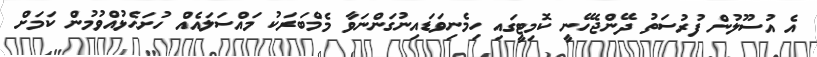
އެ އުސޫލުން ފުރުސަތު ދޭންޖެހޭނީ ކޮމިޓީގައި ހިމެނިވަޑައިނުގަންނަވާ މެމްބަރަކު މައްސަލައެއް ހުށަހެޅުއްވުމުން ކަމަށް